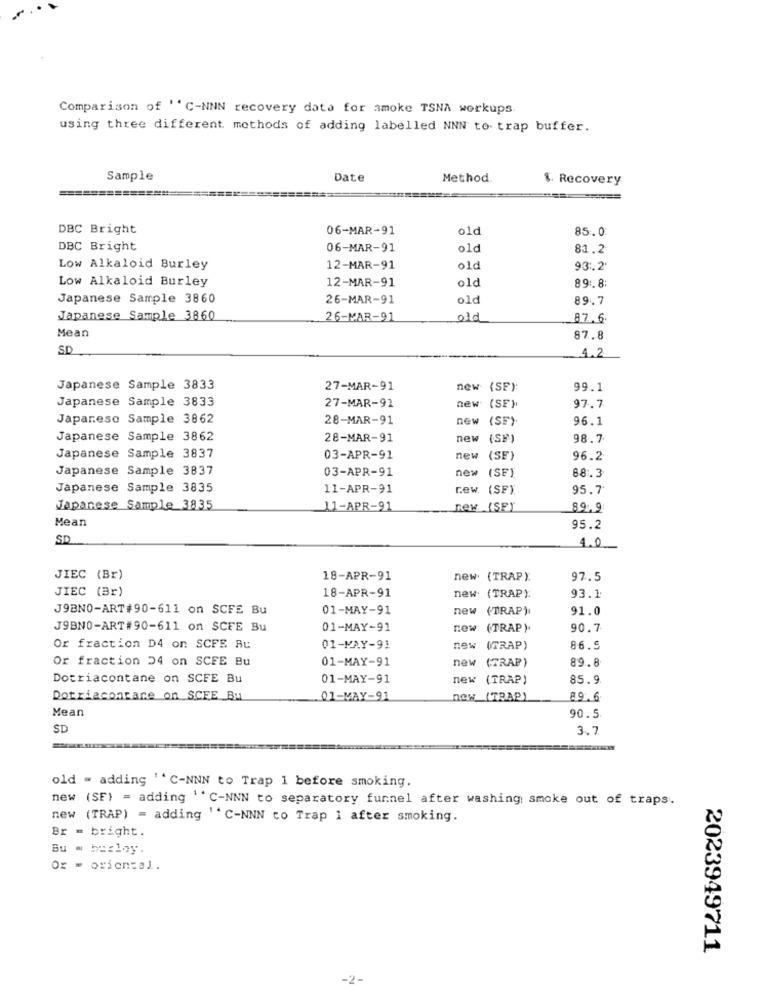
Comparison of ''C-NNN recovery data for smoke TSNA workups.
using three different methods of adding labelled NNN to. trap buffer.
Sample
Date
Method.
%. Recovery
=====
DBC Bright
06-MAR-91
old
85.0
DBC Bright
06-MAR-91
old
81.2
Low Alkaloid Burley
12-MAR-91
old
9.3.2
Low Alkaloid Burley
12-MAR-91
89 :. 8
old
Japanese Sample 3860
26-MAR-91
old
89.7
Japanese Sample 3860
26-MAR-91
old
87.6.
Mean
87.8
SD
4.2
Japanese Sample 3833
27-MAR-91
new (SF):
99.1
Japanese Sample 3833
27-MAR-92
97.7
new (SE)
Japanese Sample 3862
28-MAR-91
new (SF)
96.1
Japanese Sample 3862
28-MAR-91
new (SF)
98.7
Japanese Sample 3837
03-APR-91
new (SE)
96.2
Japanese Sample 3837
68.3
03-APR-91
new (SF)
Japanese Sample 3835
11-APR-91
rew. (SF).
95.7
Japanese Sample 3835
11-APR-91
new (SF)
89.9
Mean
95.2
SD
4.0
JIEC (Br)
18-APR-91
new. (TRAP).
97.5
JIEC (Br)
18-APR-91
new (TRAP):
93.1
J9BNO-ART#90-611 on SCFE Bu
01-MAY-91
new
(TRAP)
91.0
J9BNO-ART#90-611 on SCFE Bu
01-MAY-91
new
(TRAP ).
90.7
Or fraction D4 on SCFE Bu
01-MAY-91
new
(TRAP)
86.9
Or fraction 24 on SCFE Bu
01-MAY-91
new
(TRAP)
89.8
Dotriacontane on SCFE Bu
01-MAY-91
new (TRAP)
85.9
Dotriacontare on SCEE Bu
01-MAY-91
new_(TRAP)
89.6
Mean
90.5
SD
3.7
old = adding ''C-NNN to Trap 1 before smoking.
new (SE) = adding ' ' C-NNN to separatory funnel after washing smoke out of traps.
new (TRAP) = adding '' C-NNN co Trap i after smoking.
Br - bright.
Bu . hesloy.
Ox = oriental.
2023949711
-2-